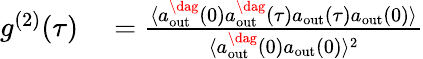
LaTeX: \begin{array}{rl}{g^{(2)}(\tau)}&{{}=\frac{\langle a_{\mathrm{{out}}}^{\dag}(0)a_{\mathrm{{out}}}^{\dag}(\tau)a_{\mathrm{{out}}}(\tau)a_{\mathrm{{out}}}(0)\rangle}{\langle a_{\mathrm{{out}}}^{\dag}(0)a_{\mathrm{{out}}}(0)\rangle^{2}}}\end{array}